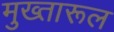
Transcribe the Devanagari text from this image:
मुख्तारूल